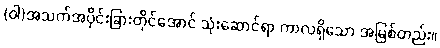
(ဝါ)အသက်အပိုင်းခြားတိုင်အောင် သုံးဆောင်ရာ ကာလရှိသော အမြစ်တည်း။